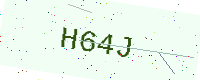
Text: H64J